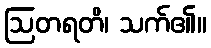
ဩတရတိ၊ သက်၏။